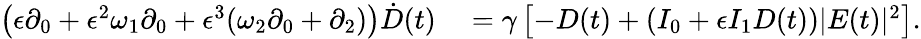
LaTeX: \begin{array}{rl}{\left(\epsilon\partial_{0}+\epsilon^{2}\omega_{1}\partial_{0}+\epsilon^{3}(\omega_{2}\partial_{0}+\partial_{2})\right)\dot{D}(t)}&{{}=\gamma\left[-D(t)+(I_{0}+\epsilon I_{1}D(t))|E(t)|^{2}\right].}\end{array}